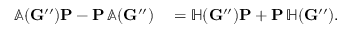
\begin{array} { r l } { \mathbb { A } ( \mathbf { G } ^ { \prime \prime } ) \mathbf { P } - \mathbf { P } \, \mathbb { A } ( \mathbf { G } ^ { \prime \prime } ) } & { { } = \mathbb { H } ( \mathbf { G } ^ { \prime \prime } ) \mathbf { P } + \mathbf { P } \, \mathbb { H } ( \mathbf { G } ^ { \prime \prime } ) . } \end{array}